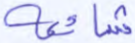
شائعة